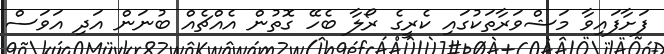
ފަށާފައިވާ މަޝްވަރާތަކުގައި ކެރީގެ ރޯލާ ބެހޭ ގޮތުން އެއްޗެއް ބުނަން އަދި އަވަސް